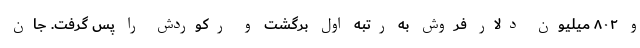
و ۸۰۲ میلیون دلار فروش به رتبه اول برگشت و رکوردش را پس گرفت. جان